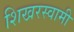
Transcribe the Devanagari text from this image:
शिखरस्वामी